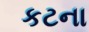
કટના